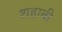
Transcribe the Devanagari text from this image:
शहाबी